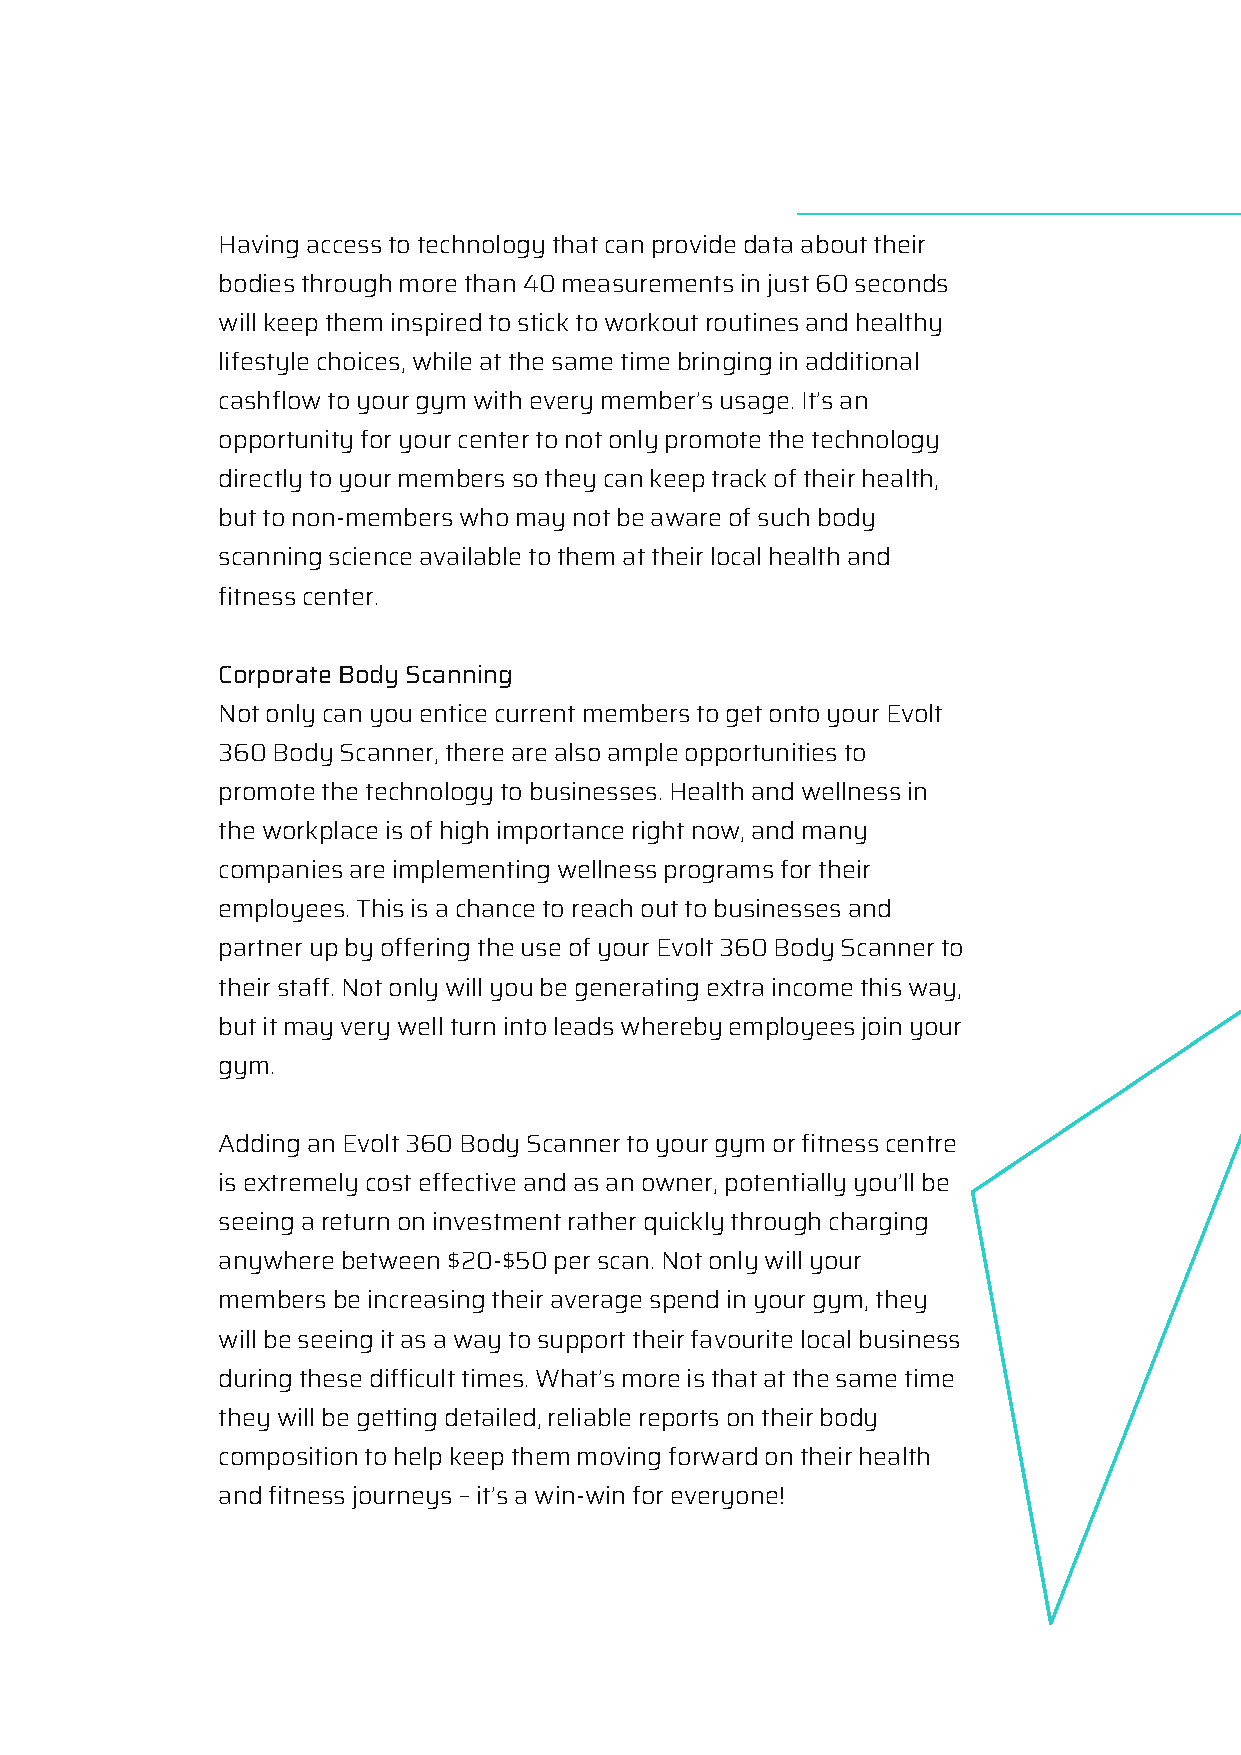
Having access to technology that can provide data about their
 bodies through more than 40 measurements in just 60 seconds
 will keep them inspired to stick to workout routines and healthy
 lifestyle choices, while at the same time bringing in additional
 cashflow to your gym with every member’s usage. It’s an
 opportunity for your center to not only promote the technology
 directly to your members so they can keep track of their health,
 but to non-members who may not be aware of such body
 scanning science available to them at their local health and
 fitness center.
 Corporate Body Scanning
 Not only can you entice current members to get onto your Evolt
 360 Body Scanner, there are also ample opportunities to
 promote the technology to businesses. Health and wellness in
 the workplace is of high importance right now, and many
 companies are implementing wellness programs for their
 employees. This is a chance to reach out to businesses and
 partner up by offering the use of your Evolt 360 Body Scanner to
 their staff. Not only will you be generating extra income this way,
 but it may very well turn into leads whereby employees join your
 gym.
 Adding an Evolt 360 Body Scanner to your gym or fitness centre
 is extremely cost effective and as an owner, potentially you’ll be
 seeing a return on investment rather quickly through charging
 anywhere between $20-$50 per scan. Not only will your
 members be increasing their average spend in your gym, they
 will be seeing it as a way to support their favourite local business
 during these difficult times. What’s more is that at the same time
 they will be getting detailed, reliable reports on their body
 composition to help keep them moving forward on their health
 and fitness journeys – it’s a win-win for everyone!